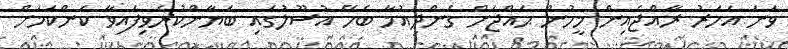
ވަނަ އަހަރު ރާއްޖެއިން މީހުން ޙައްޖަށް ގެންދިއުމާ ބެހޭ އުސޫލުގައި ބަޔާންކުރެވިފައިވާ ކަންކަމަށް